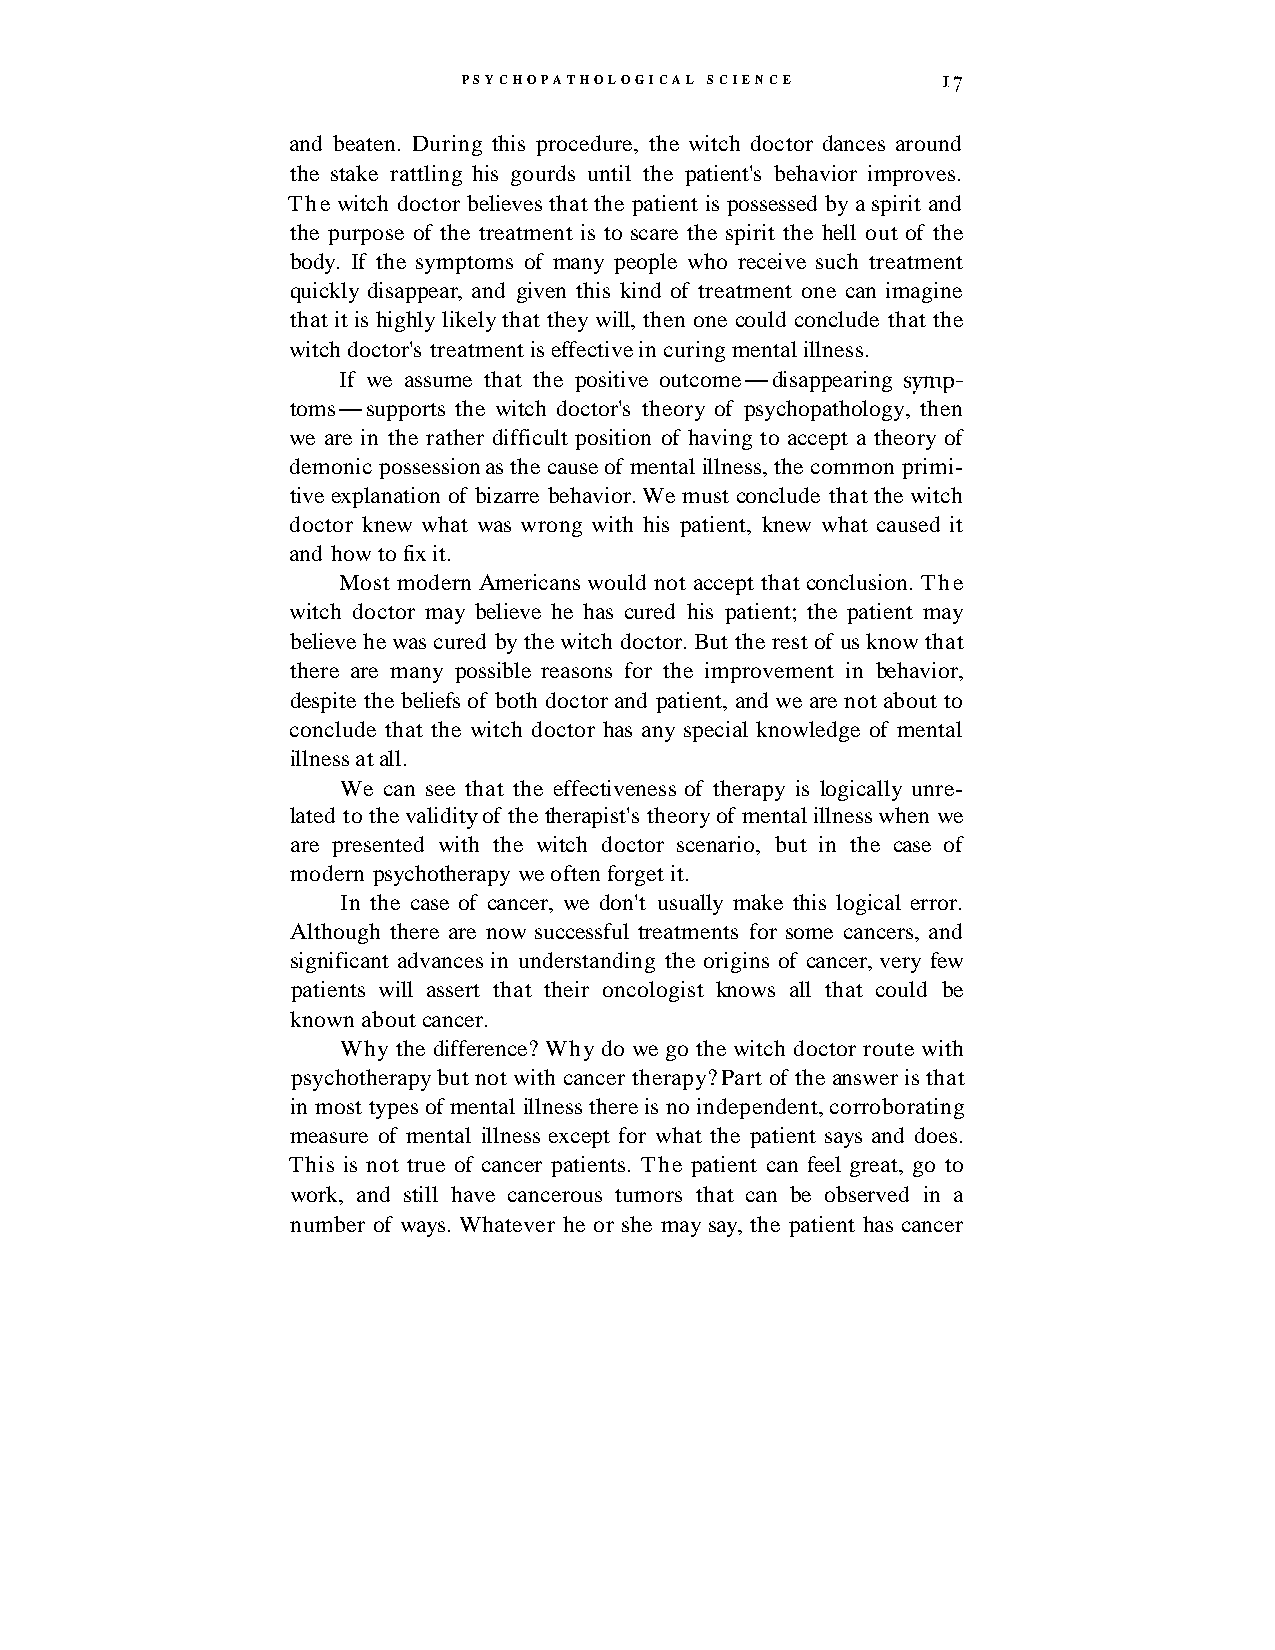
PSYCHOPATHOLOGICAL SCIENCE      I7
 and beaten. During this procedure, the witch doctor dances around
 the stake rattling his gourds until the patient's behavior improves.
 The witch doctor believes that the patient is possessed by a spirit and
 the purpose of the treatment is to scare the spirit the hell out of the
 body. If the symptoms of many people who receive such treatment
 quickly disappear, and given this kind of treatment one can imagine
 that it is highly likely that they will, then one could conclude that the
 witch doctor's treatment is effective in curing mental illness.
 If we assume that the positive outcome-disappearing syrnp-
 toms-supports the witch doctor's theory of psychopathology, then
 we are in the rather difficult position of having to accept a theory of
 demonic possession as the cause of mental illness, the common primi-
 tive explanation of bizarre behavior. We must conclude that the witch
 doctor knew what was wrong with his patient, knew what caused it
 and how to fix it.
 Most modern Americans would not accept that conclusion. The
 witch doctor may believe he has cured his patient; the patient may
 believe he was cured by the witch doctor. But the rest of us know that
 there are many possible reasons for the improvement in behavior,
 despite the beliefs of both doctor and patient, and we are not about to
 conclude that the witch doctor has any special knowledge of mental
 illness at all.
 We can see that the effectiveness of therapy is logically unre-
 lated to the validity of the therapist's theory of mental illness when we
 are presented with the witch doctor scenario, but in the case of
 modern psychotherapy we often forget it.
 In the case of cancer, we don't usually make this logical error.
 Although there are now successful treatments for some cancers, and
 significant advances in understanding the origins of cancer, very few
 patients will assert that their oncologist knows all that could be
 known about cancer.
 Why the difference? Why do we go the witch doctor route with
 psychotherapy but not with cancer therapy? Part of the answer is that
 in most types of mental illness there is no independent, corroborating
 measure of mental illness except for what the patient says and does.
 This is not true of cancer patients. The patient can feel great, go to
 work, and still have cancerous tumors that can be observed in a
 number of ways. Whatever he or she may say, the patient has cancer